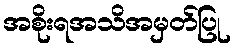
အစိုးရအသိအမှတ်ပြု